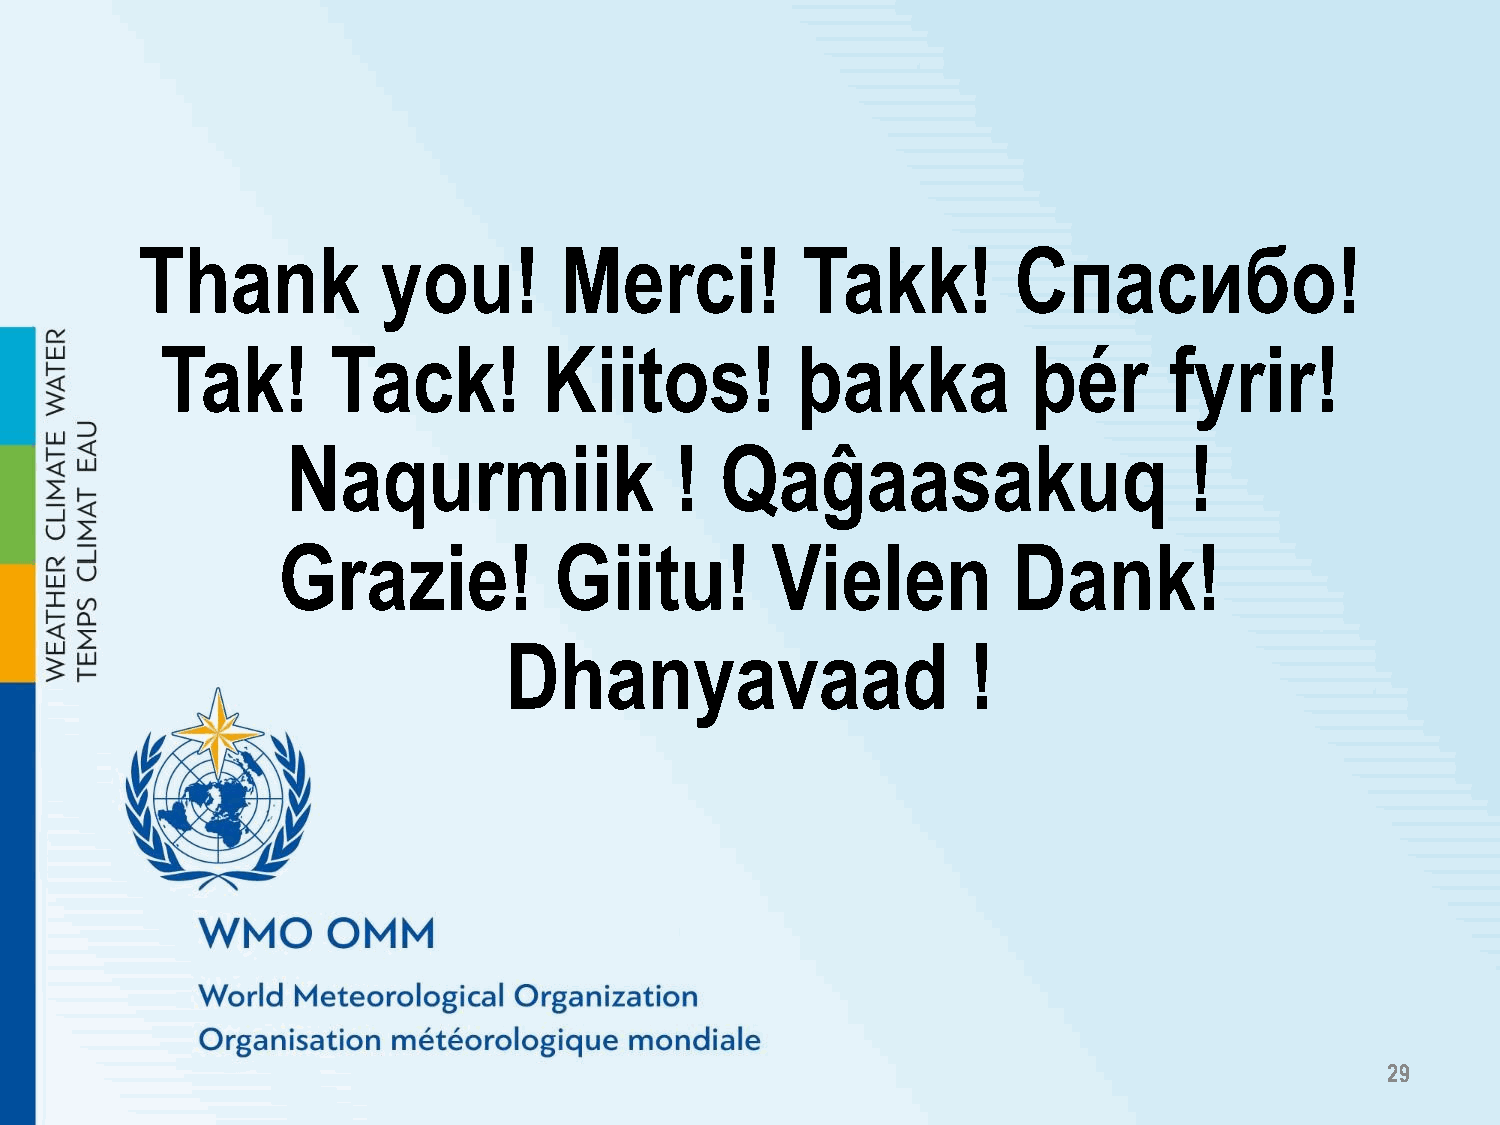
Thank           you!        Merci!          Takk!         Спасибо!
 Tak!       Tack!         Kiitos!          þakka          þér      fyrir!
 Naqurmiik                 !  Qaĝaasakuq                     !
 Grazie!            Giitu!        Vielen          Dank!
 Dhanyavaad                     !
 29